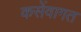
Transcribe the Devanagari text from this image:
कसेंवागत